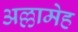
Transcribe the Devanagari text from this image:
अल्लामेह